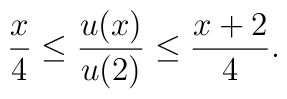
\frac x4\leq \frac {u(x)}{u(2)}\leq \frac {x+2}{4} .